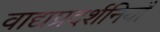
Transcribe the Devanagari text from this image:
वाद्यप्रदर्शनियाँ